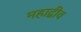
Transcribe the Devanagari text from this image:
महाद्वीव